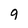
Character: g